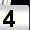
Digit: 4